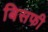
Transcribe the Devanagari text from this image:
बिसफी